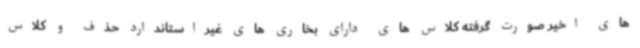
های اخیر صورت گرفته کلاس های دارای بخاری های غیراستاندارد حذف و کلاس